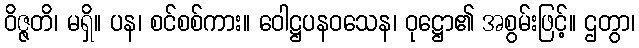
ဝိဇ္ဇတိ၊ မရှိ။ ပန၊ စင်စစ်ကား။ ဝေါဋ္ဌပနဝသေန၊ ဝုဋ္ဌော၏ အစွမ်းဖြင့်။ ဌတွာ၊